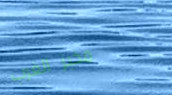
مخبز الغرب